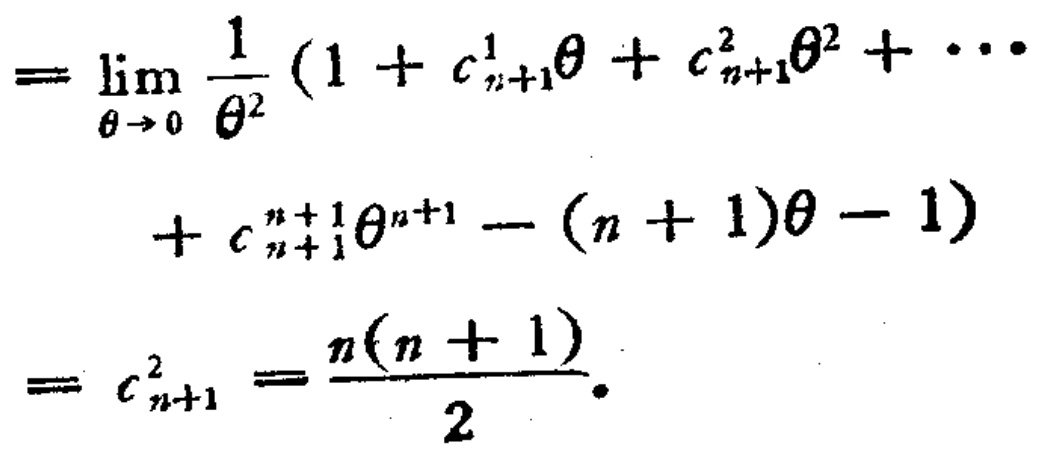
\[
\begin{align*}
&=\lim_{\theta \to 0} \frac{1}{\theta^{2}}(1 + c_{n + 1}^{1}\theta + c_{n + 1}^{2}\theta^{2}+\cdots\\
&\quad\quad + c_{n + 1}^{n + 1}\theta^{n + 1}-(n + 1)\theta - 1)\\
&=c_{n + 1}^{2}=\frac{n(n + 1)}{2}.
\end{align*}
\]